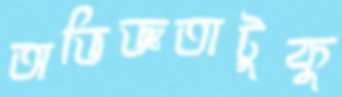
অভিজ্ঞতাটুকু